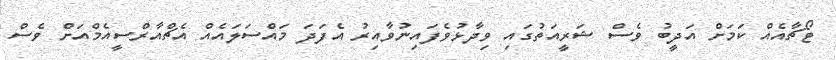
ޓޯޗާއެއް ކަމަށް އަދީބު ވެސް ޝަރީއަތުގައި ވިދާޅުވެފައިނުވާއިރު އެފަދަ މައްސަލައެއް އެޗްއާރްސީއެމްއަށް ވެސް